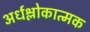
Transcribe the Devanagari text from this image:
अर्धश्लोकात्मक